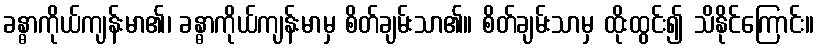
ခန္ဓာကိုယ်ကျန်းမာ၏၊ ခန္ဓာကိုယ်ကျန်းမာမှ စိတ်ချမ်းသာ၏။ စိတ်ချမ်းသာမှ ထိုးထွင်း၍ သိနိုင်ကြောင်း။